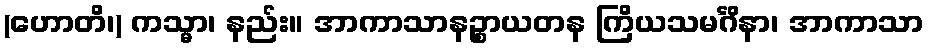
(ဟောတိ၊) ကသ္မာ၊ နည်း။ အာကာသာနဉ္စာယတန ကြိယသမင်္ဂိနာ၊ အာကာသာ